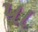
પા